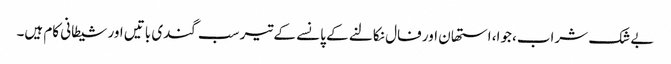
بے شک شراب، جوا، استھان اور فال نکالنے کے پانسے کے تیر سب گندی باتیں اور شیطانی کام ہیں۔